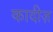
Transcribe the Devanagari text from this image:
कादीज़